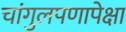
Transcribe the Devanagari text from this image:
चांगुलपणापेक्षा